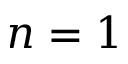
n = 1